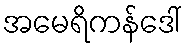
အမေရိကန်ဒေါ်